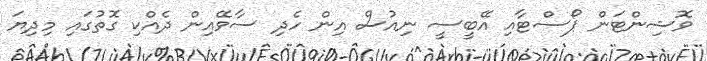
ވޮޝިންޓަން ޕޯސްޓާއި އޭބީސީ ނިއުސް އިން ހެދި ސާވޭއިން ދެއްކި ގޮތުގައި މިދިޔަ